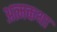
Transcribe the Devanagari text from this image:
अत्मकथा